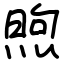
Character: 煦